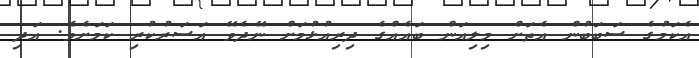
އެކަމުގެ ސަބަބުން އެތަަށް މިލިއަން ބައެއްގެ ދިރިއުޅުމަށް ނޭދެވޭ އަސަރުކުރި ކަމަށެވެ. އަދި